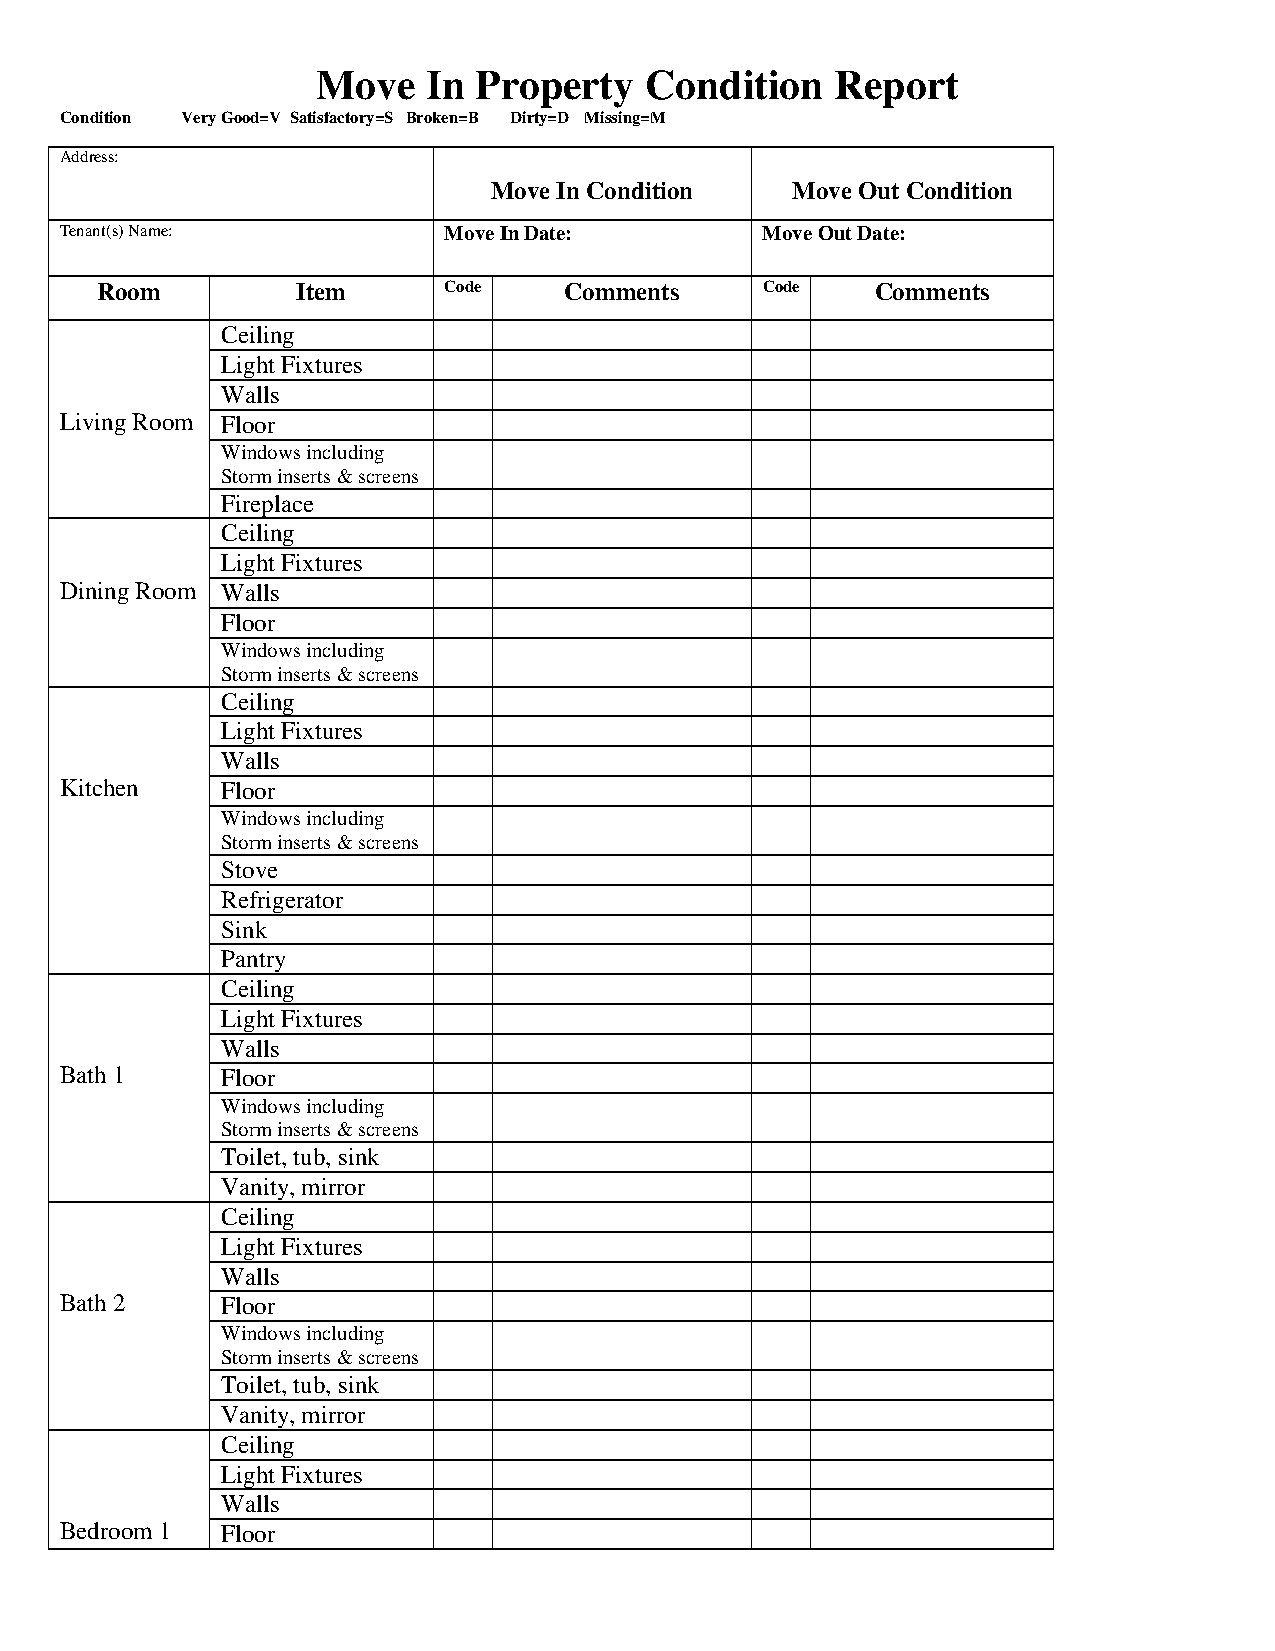
Move   In  Property   Condition   Report
 Condition Very Good=V Satisfactory=S Broken=B Dirty=D Missing=M
 Address:
 Move In Condition   Move Out Condition
 Tenant(s) Name:          Move In Date:        Move Out Date:
 Room          Item     Code    Comments     Code    Comments
 Ceiling
 Light Fixtures
 Walls
 Living Room Floor
 Windows including
 Storm inserts & screens
 Fireplace
 Ceiling
 Light Fixtures
 Dining Room Walls
 Floor
 Windows including
 Storm inserts & screens
 Ceiling
 Light Fixtures
 Walls
 Kitchen    Floor
 Windows including
 Storm inserts & screens
 Stove
 Refrigerator
 Sink
 Pantry
 Ceiling
 Light Fixtures
 Walls
 Bath 1     Floor
 Windows including
 Storm inserts & screens
 Toilet, tub, sink
 Vanity, mirror
 Ceiling
 Light Fixtures
 Walls
 Bath 2     Floor
 Windows including
 Storm inserts & screens
 Toilet, tub, sink
 Vanity, mirror
 Ceiling
 Light Fixtures
 Walls
 Bedroom 1  Floor